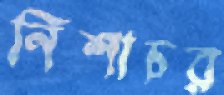
নিশাচর